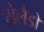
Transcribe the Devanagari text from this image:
रोलैडो